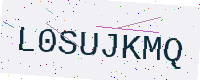
Text: L0SUJKMQ